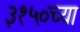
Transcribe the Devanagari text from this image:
३१५०च्या